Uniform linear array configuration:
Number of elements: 48
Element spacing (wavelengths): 0.25
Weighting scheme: hann
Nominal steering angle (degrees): -15
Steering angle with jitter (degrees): -14.19
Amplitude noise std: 0.05
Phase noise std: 0.05

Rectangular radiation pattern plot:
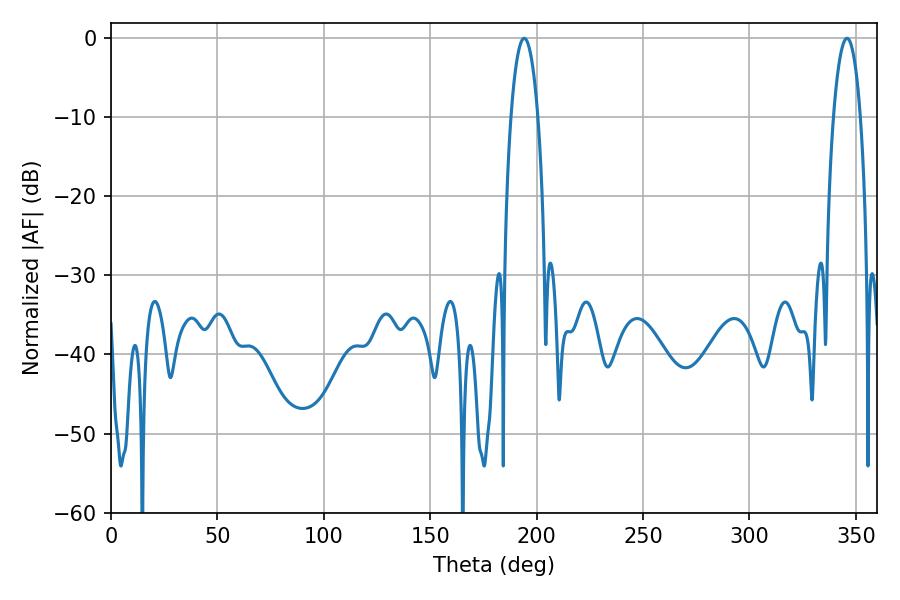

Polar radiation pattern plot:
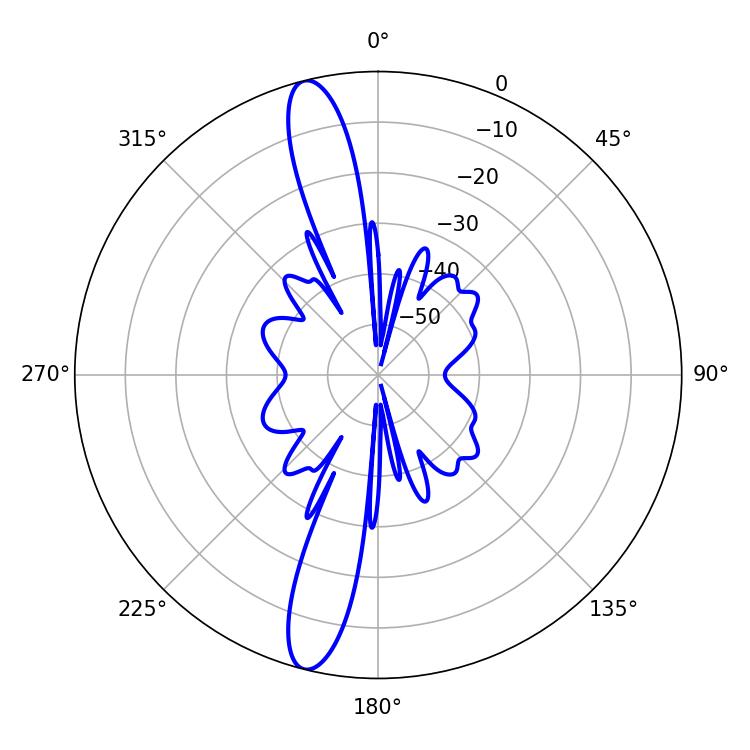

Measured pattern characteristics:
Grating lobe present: FALSE
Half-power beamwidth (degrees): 7.02
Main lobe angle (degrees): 194.22